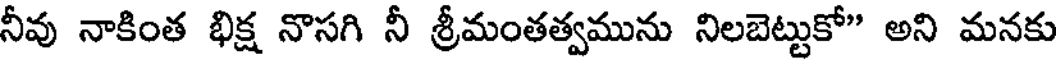
నీవు నాకింత భిక్ష నొసగి నీ శ్రీమంతత్వమును నిలబెట్టుకో" అని మనకు